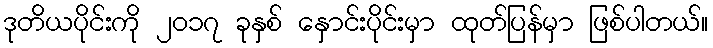
ဒုတိယပိုင်းကို ၂၀၁၇ ခုနှစ် နှောင်းပိုင်းမှာ ထုတ်ပြန်မှာ ဖြစ်ပါတယ်။